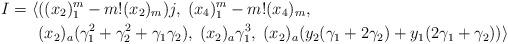
LaTeX: \begin{align*}I= \langle &((x_2)_1^m-m!(x_2)_m)j, \; (x_4)_1^m-m!(x_4)_m, \;\\ &(x_2)_a(\gamma_1^2+\gamma_2^2+\gamma_1\gamma_2),\;(x_2)_a\gamma_1^3,\; (x_2)_a(y_2(\gamma_1+2\gamma_2)+y_1(2\gamma_1+\gamma_2)) \rangle\end{align*}